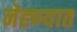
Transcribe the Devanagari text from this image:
नेह्ण्यात